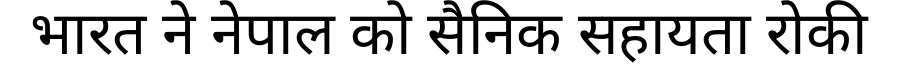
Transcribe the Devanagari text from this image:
भारत ने नेपाल को सैनिक सहायता रोकी